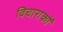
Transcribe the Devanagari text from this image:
विचाराकों